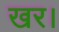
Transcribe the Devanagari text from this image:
खर।